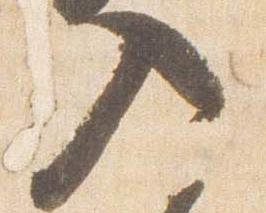
入